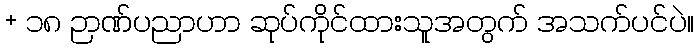
+ ၁၈ ဉာဏ်ပညာဟာ ဆုပ်ကိုင်ထားသူအတွက် အသက်ပင်ပဲ။